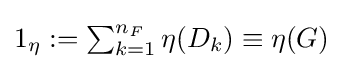
{\textstyle 1_{\eta }:=\sum _{k=1}^{n_{F}}\eta (D_{k})\equiv \eta (G)}